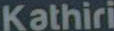
Kathiri